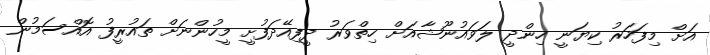
އަށް މިފަހަރު ކިޔަނީ ހިންދީ ލަވައުނޫޝާއަށް ހިތްވަރު ދީފިއޭދަފުށީ މީހުންނަށް ތައުރީފު އޮއްސަމުން